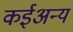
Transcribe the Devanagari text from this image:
कईअन्य